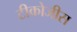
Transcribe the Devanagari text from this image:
टीकोजीस